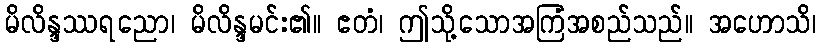
မိလိန္ဒဿရညော၊ မိလိန္ဒမင်း၏။ ဧတံ၊ ဤသို့သောအကြံအစည်သည်။ အဟောသိ၊